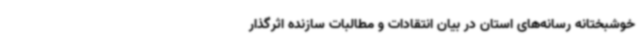
خوشبختانه رسانه‌های استان در بیان انتقادات و مطالبات سازنده اثرگذار